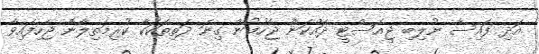
އަދި ފައިސާ ނުލިބި ޖީއެސްޓީ ދައްކަން ޖެހުމުން ގިނަ ދަތިތަކަކާ ކުރިމަތިލާން ޖެހިފައިވާ